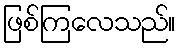
ဖြစ်ကြလေသည်။